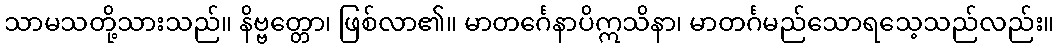
သာမသတို့သားသည်။ နိဗ္ဗတ္တော၊ ဖြစ်လာ၏။ မာတင်္ဂေနာပိဣသိနာ၊ မာတင်္ဂမည်သောရသေ့သည်လည်း။